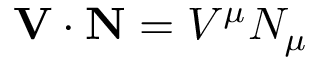
\mathbf { V } \cdot \mathbf { N } = V ^ { \mu } N _ { \mu }